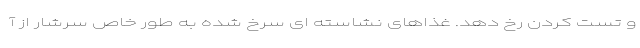
و تست کردن رخ دهد. غذاهای نشاسته ای سرخ شده به طور خاص سرشار از آ